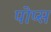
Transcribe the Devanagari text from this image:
पोप्स